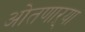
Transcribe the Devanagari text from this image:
ओतणाऱ्या